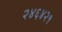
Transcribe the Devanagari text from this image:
२४६४२१